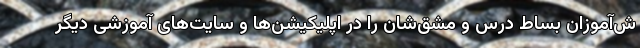
ش‌آموزان بساط درس و مشق‌شان را در اپلیکیشن‌ها و سایت‌های آموزشی دیگر